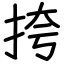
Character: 挎